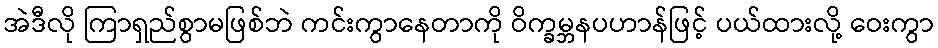
အဲဒီလို ကြာရှည်စွာမဖြစ်ဘဲ ကင်းကွာနေတာကို ဝိက္ခမ္ဘနပဟာန်ဖြင့် ပယ်ထားလို့ ဝေးကွာ